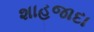
શાહજાદા